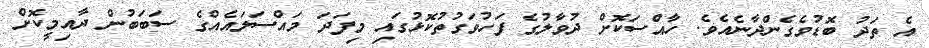
އެ ތަދު ބޮޑުވެގެންދާނެއެވެ. ހާއްސަކޮށް ދުވާލުގެ ފަހުވަގުތުކޮޅުގައި މިފަދަ މައްސަލައެއްގެ ސަބަބުން ދާއިމީކޮށް